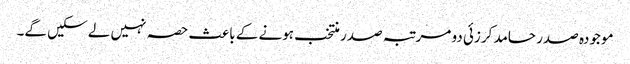
موجودہ صدر حامد کرزئی دو مرتبہ صدر منتخب ہونے کے باعث حصہ نہیں لے سکیں گے۔